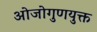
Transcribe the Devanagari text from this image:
ओजोगुणयुक्त